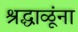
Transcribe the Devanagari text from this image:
श्रद्धाळूंना